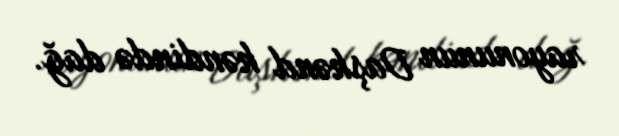
rayonunun Daşkənd kəndində dağ.